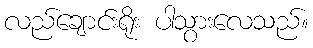
လည်ချောင်းရိုး ပါသွားလေသည်။